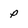
Character: p